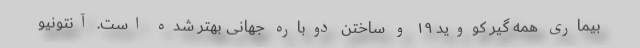
بیماری همه گیر کووید ۱۹ و ساختن دوباره جهانی بهتر شده است. آنتونیو